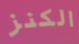
الكنز